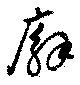
廨